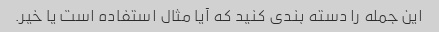
این جمله را دسته بندی کنید که آیا مثال استفاده است یا خیر.